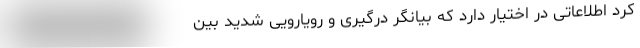
کرد اطلاعاتی در اختیار دارد که بیانگر درگیری و رویارویی شدید بین